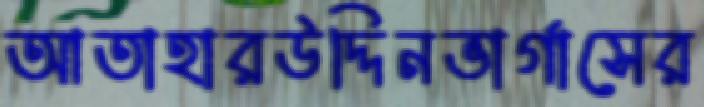
আতাহারউদ্দিনভার্গাসের